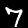
Digit: 7